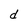
Character: d